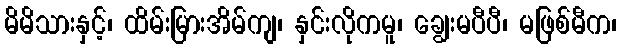
မိမိသားနှင့်၊ ထိမ်းမြားအိမ်ကျ၊ နှင်းလိုကမူ၊ ချွေးမပီပီ၊ မဖြစ်မီက၊